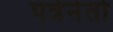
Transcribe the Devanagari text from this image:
पत्रेनेतो